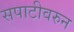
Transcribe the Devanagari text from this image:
सपाटीवरुन